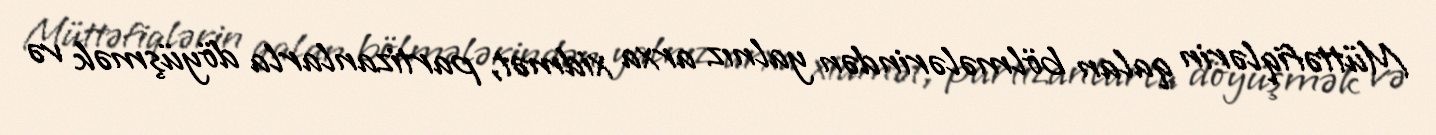
Müttəfiqlərin qalan bölmələrindən yalnız arxa xidmət, partizanlarla döyüşmək və